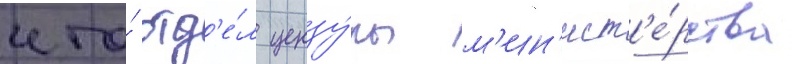
что́ отд'е́л цензу́ры м'ин'ист'е́рства